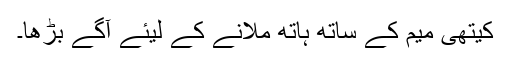
کیتھی میم کے ساتھ ہاتھ ملانے کے لیئے آگے بڑھا۔